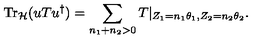
\mathrm { T r } _ { \cal H } ( u T u ^ { \dag } ) = \sum _ { n _ { 1 } + n _ { 2 } > 0 } T | _ { Z _ { 1 } = n _ { 1 } \theta _ { 1 } , Z _ { 2 } = n _ { 2 } \theta _ { 2 } } .